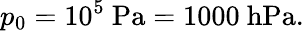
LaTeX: p_{0}=10^{5}\mathrm{\ Pa}=1000\mathrm{\ hPa}.